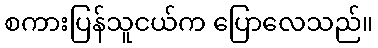
စကားပြန်သူငယ်က ပြောလေသည်။